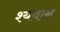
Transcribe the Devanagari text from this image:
श्यवान